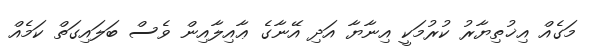
މަގެއް އިޚުތިޔާރު ކުރުމަކީ އިނާޔާ އަދި އޭނާގެ ޢާއިލާއިން ވެސް ބަލައިގަތް ކަމެއް